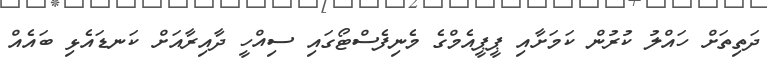
ދަތިތަށް ހައްލު ކުރުން ކަމަށާއި ޕީޕީއެމްގެ މެނިފެސްޓޯގައި ސިއްހީ ދާއިރާއަށް ކަނޑައެޅި ބައެއް